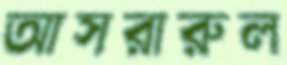
আসরারুল